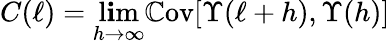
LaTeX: C(\ell)=\operatorname*{l\mathbf{i}m}_{h\to\infty}\mathbb{{C}}\mathrm{{ov}}[\Upsilon(\ell+h),\Upsilon(h)]